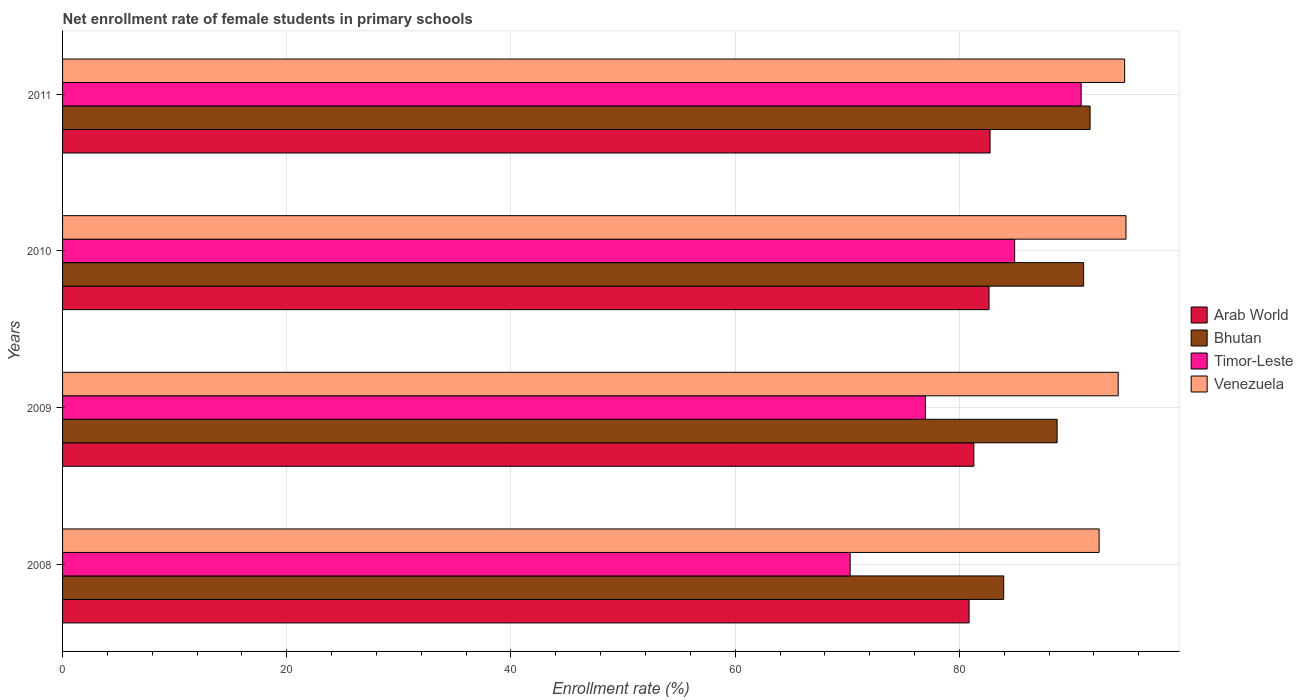
| Years | Arab World | Bhutan | Timor-Leste | Venezuela |
 | --- | --- | --- | --- | --- |
 | 2008 | 80.9 | 84 | 70.3 | 92.5 |
 | 2009 | 81.3 | 88.7 | 77 | 94.2 |
 | 2010 | 82.6 | 91.1 | 84.9 | 94.9 |
 | 2011 | 82.7 | 91.7 | 90.9 | 94.7 |